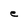
Character: e